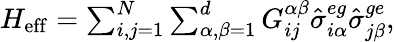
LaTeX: \begin{array}{r}{H_{\mathrm{eff}}=\sum_{i,j=1}^{N}\sum_{\alpha,\beta=1}^{d}G_{ij}^{\alpha\beta}\hat{\sigma}_{i\alpha}^{eg}\hat{\sigma}_{j\beta}^{ge},}\end{array}